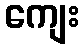
ကျေး